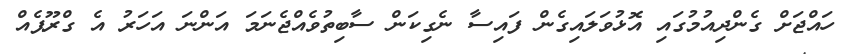
ހައްޖަށް ގެންދިއުމުގައި އޮޅުވަލައިގެން ފައިސާ ނެގިކަން ސާބިތުވެއްޖެނަމަ އަންނަ އަހަރު އެ ގްރޫޕެއް